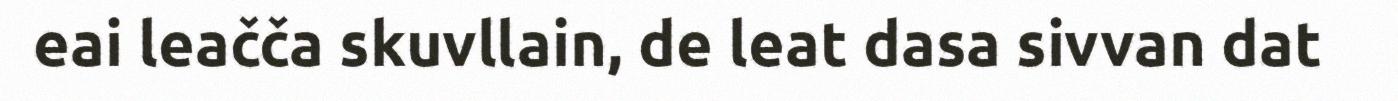
eai leačča skuvllain, de leat dasa sivvan dat